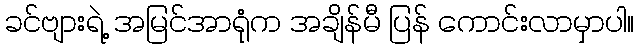
ခင်ဗျားရဲ့ အမြင်အာရုံက အချိန်မီ ပြန် ကောင်းလာမှာပါ။